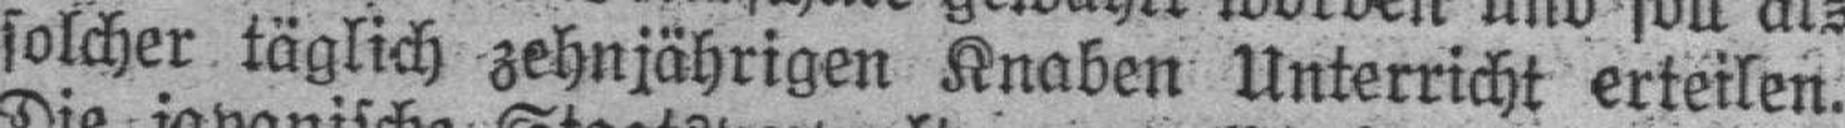
solcher täglich zehnjährigen Knaben Unterricht erteilen.